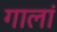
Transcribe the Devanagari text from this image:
गालां